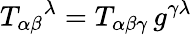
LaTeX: T_{\alpha\beta}{}^{\lambda}=T_{\alpha\beta\gamma}\, g^{\gamma\lambda}